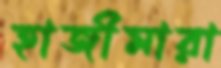
হাজীমারা